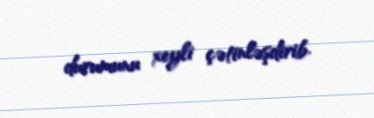
durumunu xeyli çətinləşdirib.